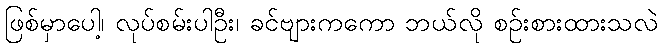
ဖြစ်မှာပေါ့၊ လုပ်စမ်းပါဦး၊ ခင်ဗျားကကော ဘယ်လို စဉ်းစားထားသလဲ